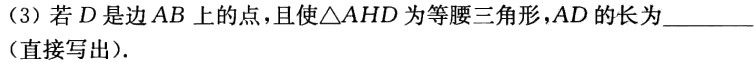
（3）若\(D\)是边\(AB\)上的点，且使\(\triangle AHD\)为等腰三角形，\(AD\)的长为________（直接写出）.